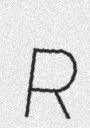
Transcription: R